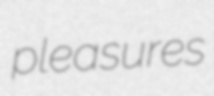
pleasures